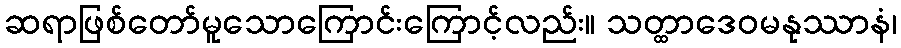
ဆရာဖြစ်တော်မူသောကြောင်းကြောင့်လည်း။ သတ္ထာဒေဝမနုဿာနံ၊